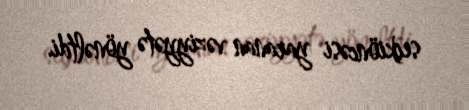
seçkiöncəsi yaranan vəziyyətə yönəltdi.